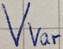
Text: Vvar